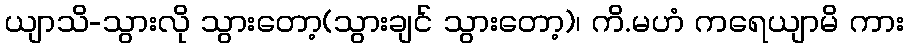
ယျာသိ-သွားလို သွားတော့(သွားချင် သွားတော့)၊ ကိ.မဟံ ကရေယျာမိ ကား